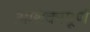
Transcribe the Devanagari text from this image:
आशंकापूर्ण